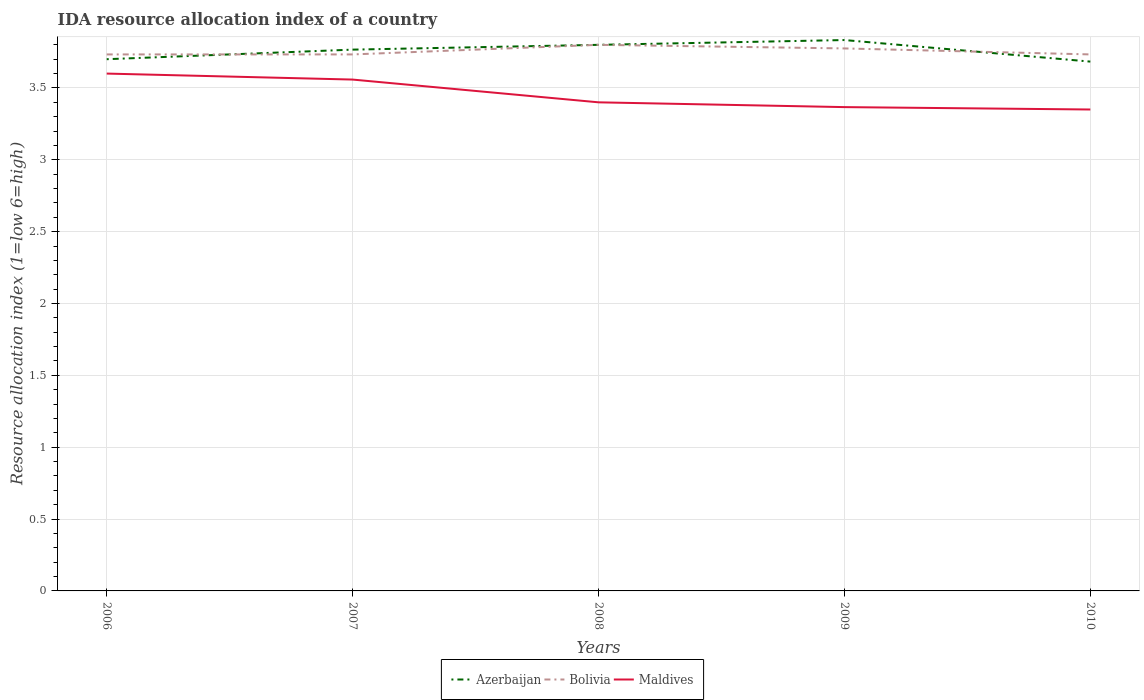
| Years | Azerbaijan | Bolivia | Maldives |
 | --- | --- | --- | --- |
 | 2006 | 3.7 | 3.73 | 3.6 |
 | 2007 | 3.77 | 3.73 | 3.56 |
 | 2008 | 3.8 | 3.8 | 3.4 |
 | 2009 | 3.83 | 3.77 | 3.37 |
 | 2010 | 3.68 | 3.73 | 3.35 |